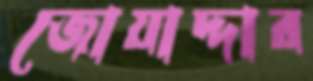
জোয়াদ্দার